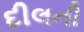
દીલની